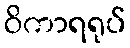
ဝိကာရရုပ်